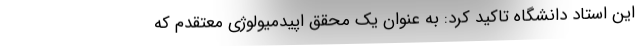
این استاد دانشگاه تاکید کرد: به عنوان یک محقق اپیدمیولوژی معتقدم که